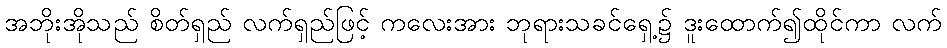
အဘိုးအိုသည် စိတ်ရှည် လက်ရှည်ဖြင့် ကလေးအား ဘုရားသခင်ရှေ့၌ ဒူးထောက်၍ထိုင်ကာ လက်